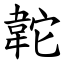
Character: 䪑